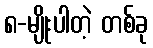
၈-မျိုးပါတဲ့ တစ်ခု